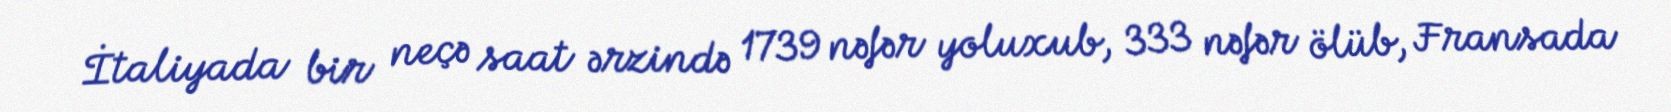
İtaliyada bir neçə saat ərzində 1739 nəfər yoluxub, 333 nəfər ölüb, Fransada